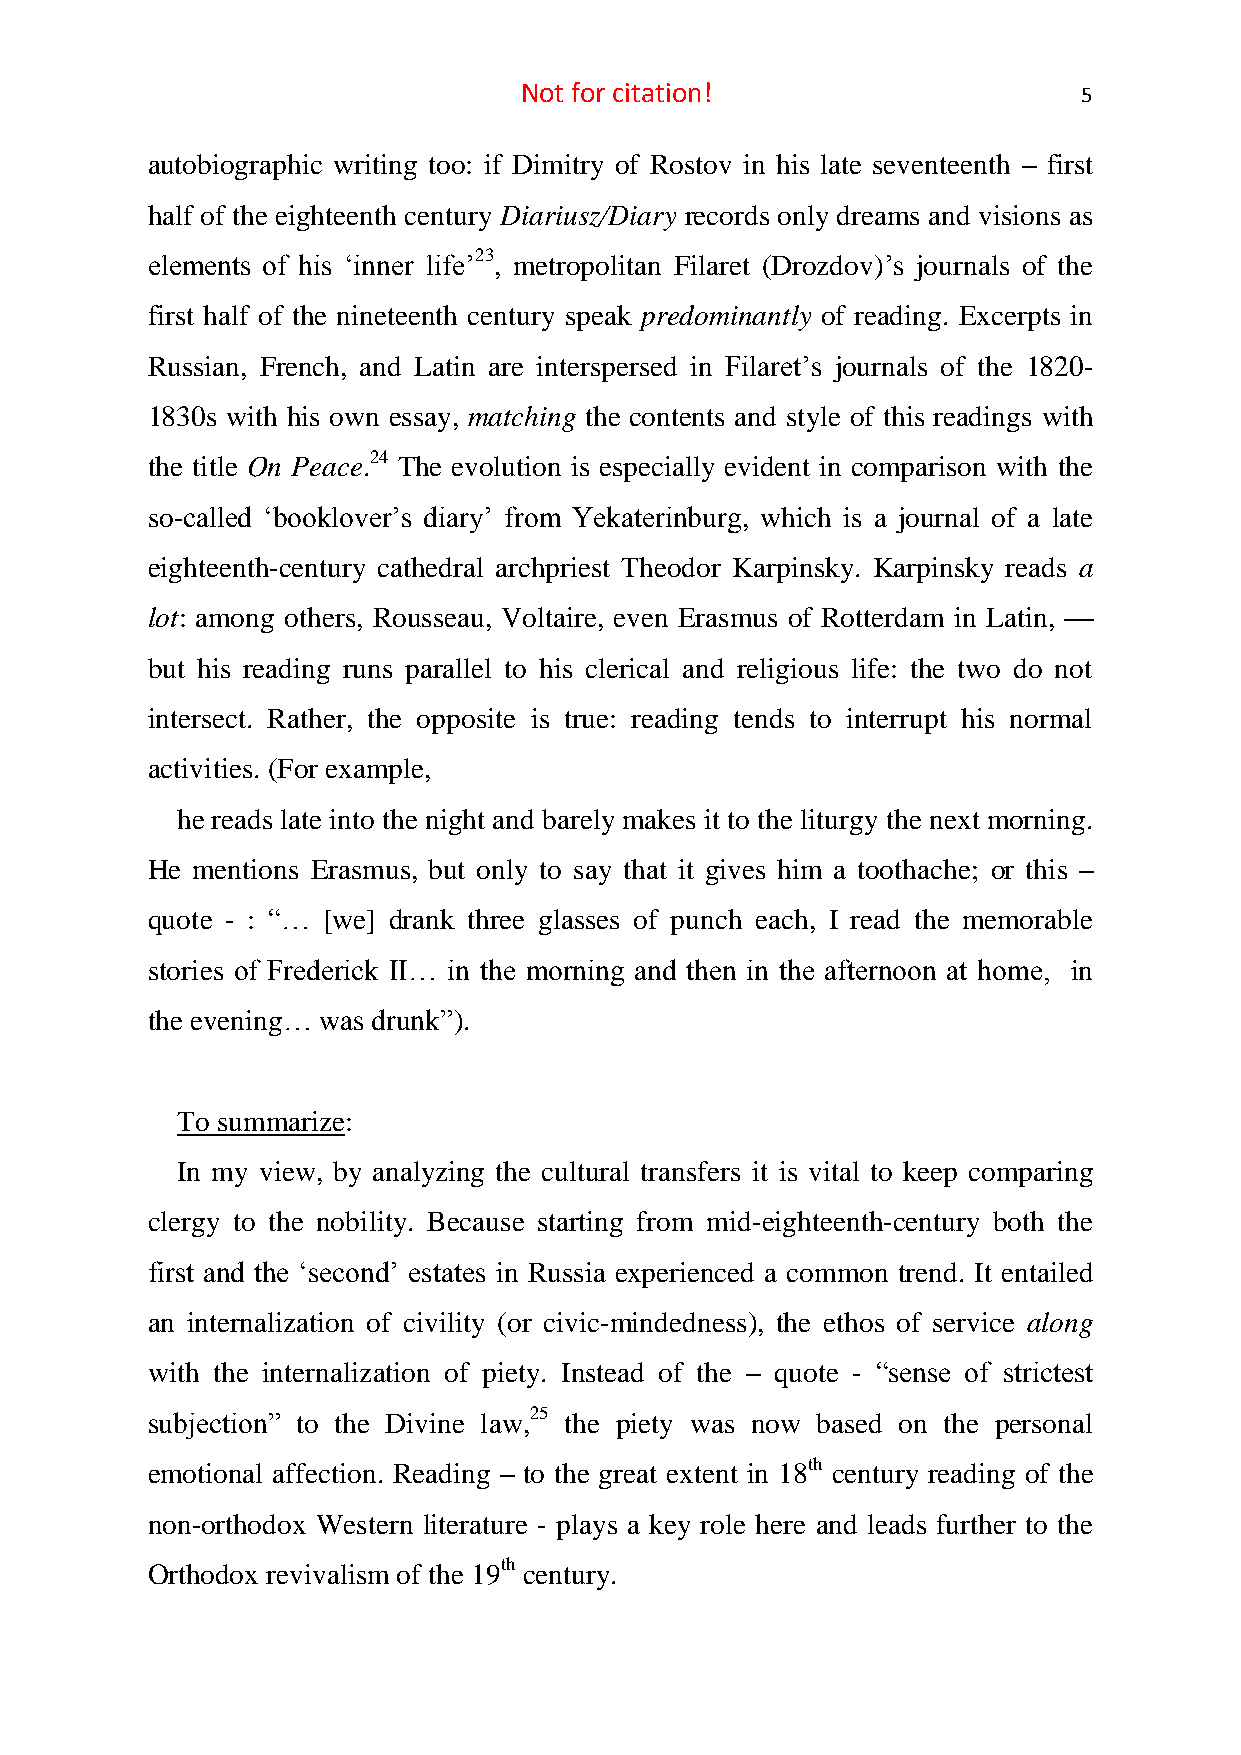
Not for citation!                     5
 autobiographic writing too: if Dimitry of Rostov in his late seventeenth – first
 half of the eighteenth century Diariusz/Diary records only dreams and visions as
 elements of his ‘inner life’23, metropolitan Filaret (Drozdov)’s journals of the
 first half of the nineteenth century speak predominantly of reading. Excerpts in
 Russian, French, and Latin are interspersed in Filaret’s journals of the 1820-
 1830s with his own essay, matching the contents and style of this readings with
 the title On Peace.24 The evolution is especially evident in comparison with the
 so-called ‘booklover’s diary’ from Yekaterinburg, which is a journal of a late
 eighteenth-century cathedral archpriest Theodor Karpinsky. Karpinsky reads a
 lot: among others, Rousseau, Voltaire, even Erasmus of Rotterdam in Latin, —
 but his reading runs parallel to his clerical and religious life: the two do not
 intersect. Rather, the opposite is true: reading tends to interrupt his normal
 activities. (For example,
 he reads late into the night and barely makes it to the liturgy the next morning.
 He mentions Erasmus, but only to say that it gives him a toothache; or this –
 quote - : “… [we] drank three glasses of punch each, I read the memorable
 stories of Frederick II… in the morning and then in the afternoon at home, in
 the evening… was drunk”).
 To summarize:
 In my view, by analyzing the cultural transfers it is vital to keep comparing
 clergy to the nobility. Because starting from mid-eighteenth-century both the
 first and the ‘second’ estates in Russia experienced a common trend. It entailed
 an internalization of civility (or civic-mindedness), the ethos of service along
 with the internalization of piety. Instead of the – quote - “sense of strictest
 subjection” to the Divine law,25 the piety was now based on the personal
 emotional affection. Reading – to the great extent in 18th century reading of the
 non-orthodox Western literature - plays a key role here and leads further to the
 Orthodox revivalism of the 19th century.